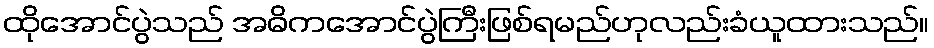
ထိုအောင်ပွဲသည် အဓိကအောင်ပွဲကြီးဖြစ်ရမည်ဟုလည်းခံယူထားသည်။